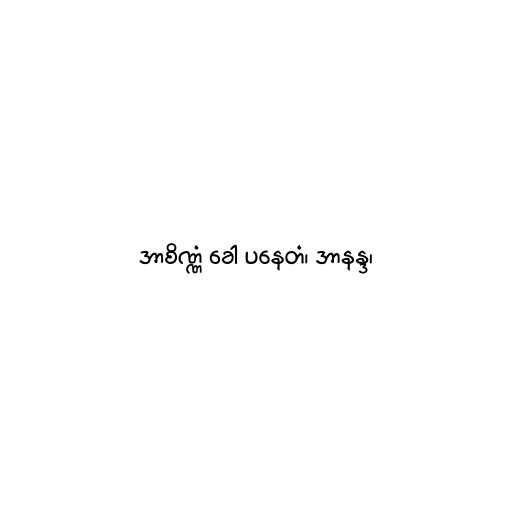
အာစိဏ္ဏံ ခေါ ပနေတံ၊ အာနန္ဒ၊